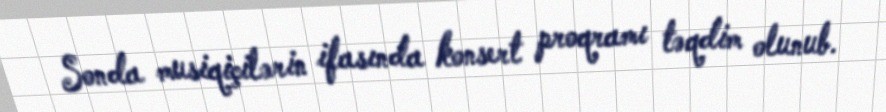
Sonda musiqiçilərin ifasında konsert proqramı təqdim olunub.